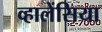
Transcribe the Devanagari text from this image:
व्हालेंसिया